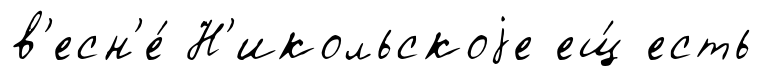
в'есн'е́ Н'икольскоjе ещ́ есть